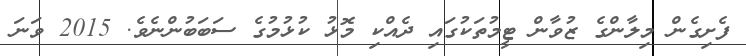
ފެށިގެން މިލާންގެ ޒުވާން ޓީމުތަކުގައި ދެއްކި މޮޅު ކުޅުމުގެ ސަބަބުންނެވެ. 2015 ވަނަ